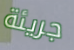
جريئة